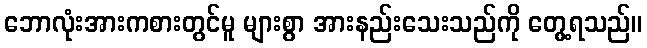
ဘောလုံးအားကစားတွင်မူ များစွာ အားနည်းသေးသည်ကို တွေ့ရသည်။